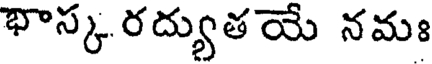
భాస్క రద్యుతయే నమః